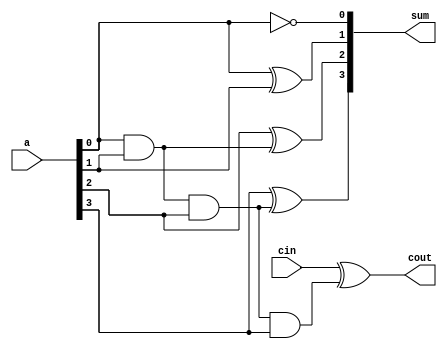
module bec4(a,cin,sum,cout);
input [3:0] a;
input cin;
output [3:0] sum;
output cout;

assign sum[0]=~a[0];
assign sum[1]=(a[0])^(a[1]);
assign sum[2]=(a[2]^((a[0])&(a[1])));
assign sum[3]=(a[3]^((a[0])&(a[1])&(a[2])));
assign cout=(cin^((a[0])&(a[1])&(a[2])&(a[3]))) ;

endmodule


module tb_bec4;
reg [3:0] a;
reg cin;
wire [3:0] sum;
wire cout;
parameter stop_time = 200;

bec4 b1(a,cin,sum,cout);

initial begin
a=4'hF;
#20 a=4'hE;
#20 a=4'hD;
#20 a=4'h3;
#20 a=4'h7;
end
endmodule